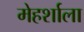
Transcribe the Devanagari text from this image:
मेहर्शाला